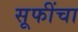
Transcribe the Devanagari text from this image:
सूफींचा